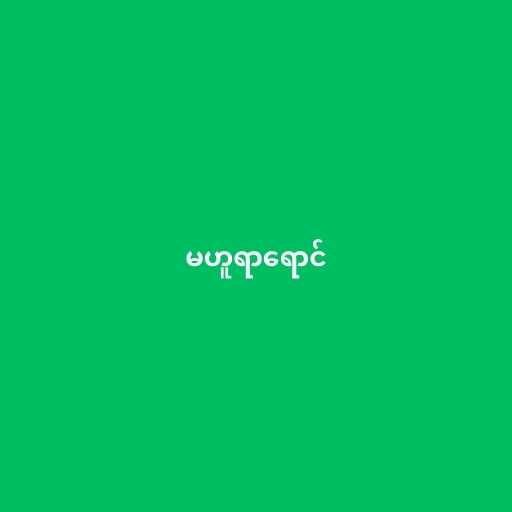
မဟူရာရောင်